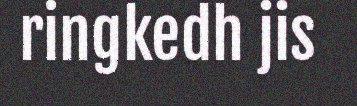
ringkedh jis